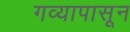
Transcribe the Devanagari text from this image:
गव्यापासून